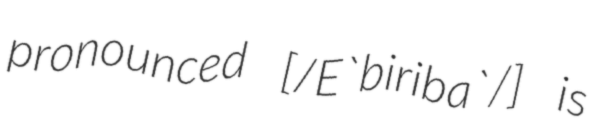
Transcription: pronounced [/E`biriba`/] is